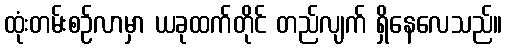
ထုံးတမ်းစဉ်လာမှာ ယခုထက်တိုင် တည်လျက် ရှိနေလေသည်။